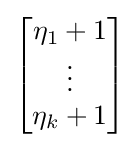
{\begin{bmatrix}\eta _{1}+1\\\vdots \\\eta _{k}+1\end{bmatrix}}